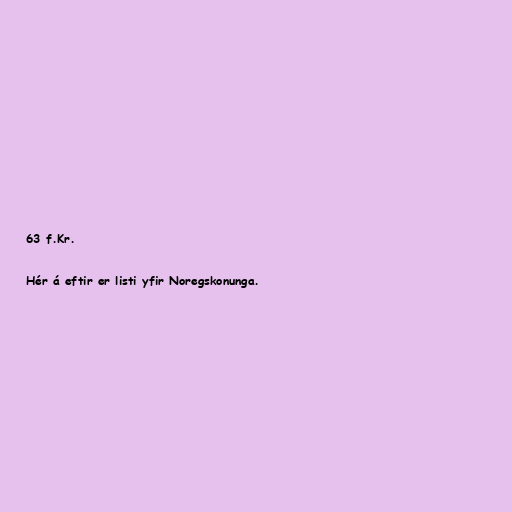
63 f.Kr.

Hér á eftir er listi yfir Noregskonunga.